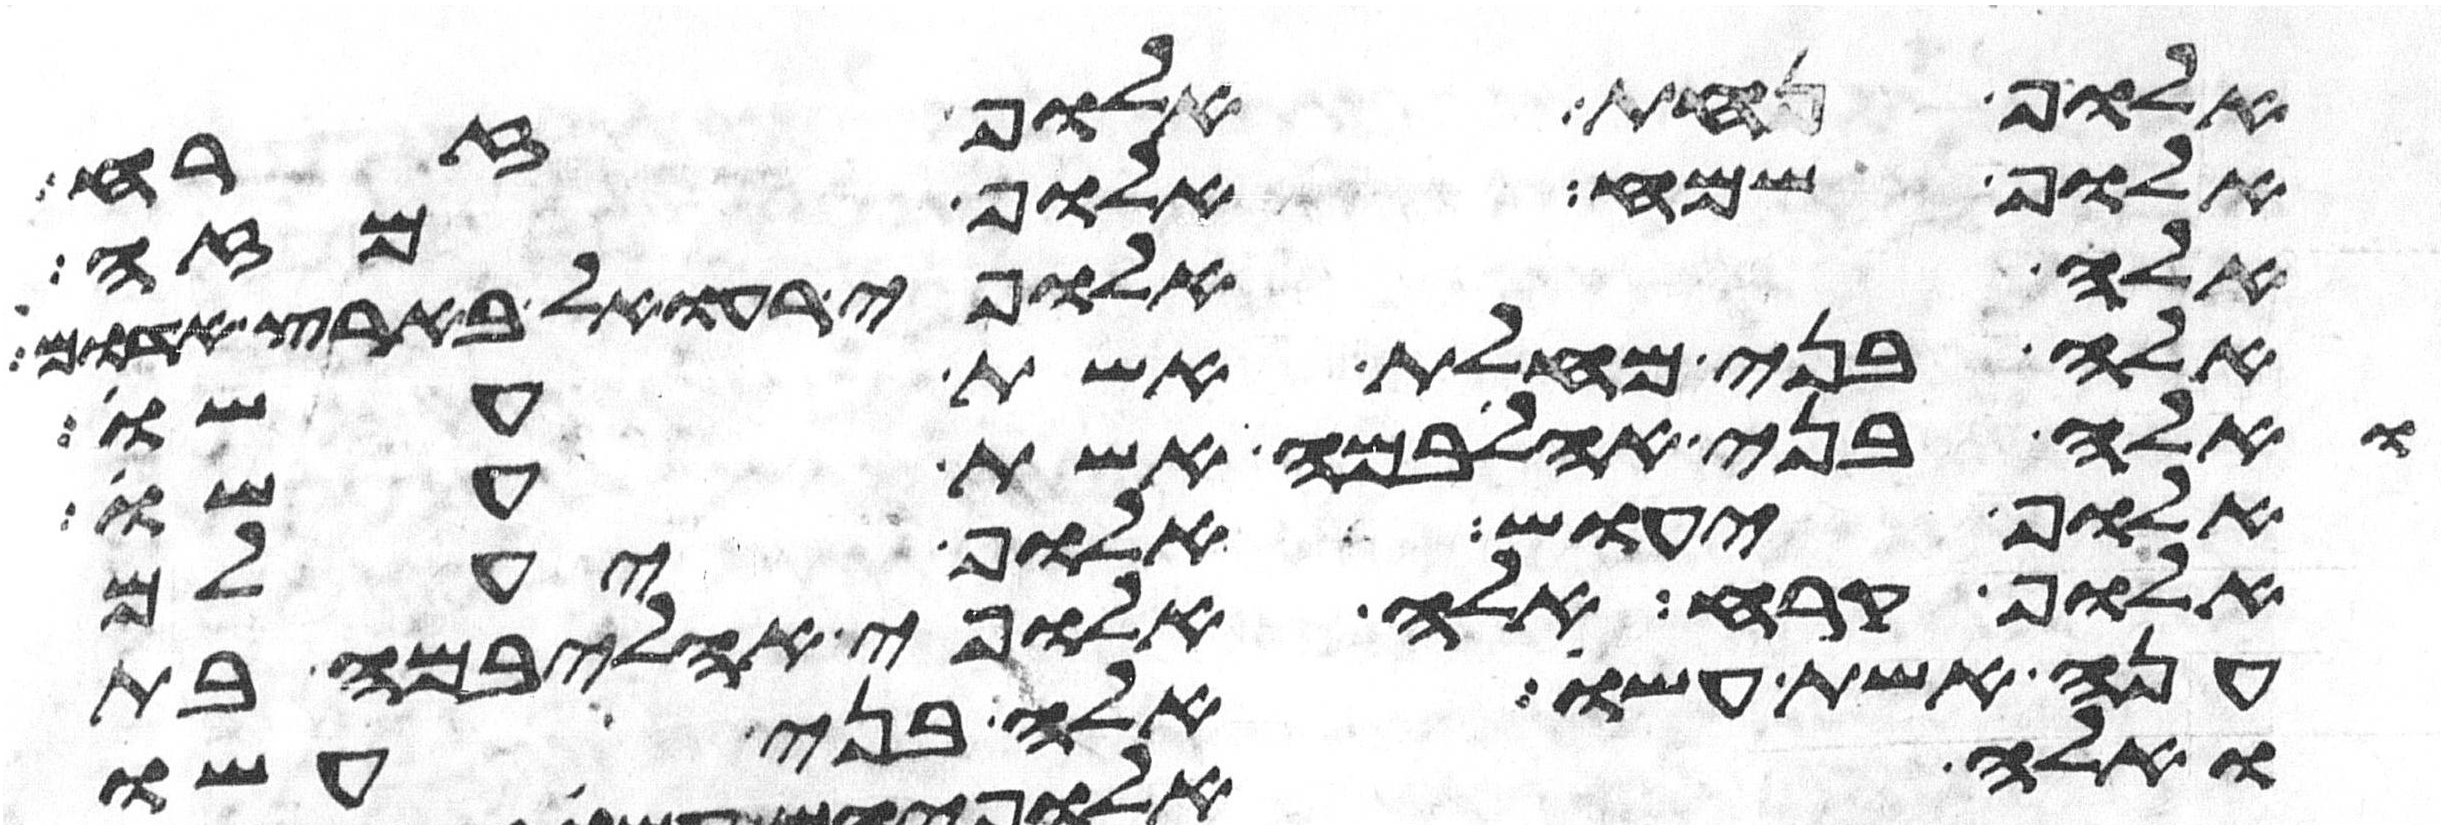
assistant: אלוף נחת אלוף זרח
אלוף שמח אלוף מזה
אלה אלופי רעואל בארץ אדום
אלה בני מחלת אשת עשו
ואלה בני אהליבמה אשת עשו
אלוף יעוש אלוף יעלם
אלוף קרח אלה אלופי אהליבמה בת
ענה אשת עשו אלה בני עשו